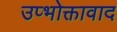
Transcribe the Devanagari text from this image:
उप्भोक्तावाद